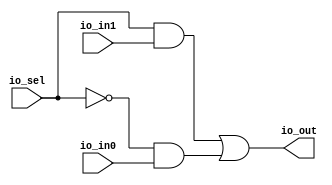
module Mux2(
  input   io_sel,
  input   io_in0,
  input   io_in1,
  output  io_out
);
  assign io_out = io_sel & io_in1 | ~io_sel & io_in0; // @[Mux2.scala 11:31]
endmodule
module Mux4(
  input  [1:0] io_sel,
  input        io_in0,
  input        io_in1,
  input        io_in2,
  input        io_in3,
  output       io_out
);
  wire  m0_io_sel; // @[Mux4.scala 12:18]
  wire  m0_io_in0; // @[Mux4.scala 12:18]
  wire  m0_io_in1; // @[Mux4.scala 12:18]
  wire  m0_io_out; // @[Mux4.scala 12:18]
  wire  m1_io_sel; // @[Mux4.scala 17:18]
  wire  m1_io_in0; // @[Mux4.scala 17:18]
  wire  m1_io_in1; // @[Mux4.scala 17:18]
  wire  m1_io_out; // @[Mux4.scala 17:18]
  wire  m3_io_sel; // @[Mux4.scala 22:18]
  wire  m3_io_in0; // @[Mux4.scala 22:18]
  wire  m3_io_in1; // @[Mux4.scala 22:18]
  wire  m3_io_out; // @[Mux4.scala 22:18]
  Mux2 m0 ( // @[Mux4.scala 12:18]
    .io_sel(m0_io_sel),
    .io_in0(m0_io_in0),
    .io_in1(m0_io_in1),
    .io_out(m0_io_out)
  );
  Mux2 m1 ( // @[Mux4.scala 17:18]
    .io_sel(m1_io_sel),
    .io_in0(m1_io_in0),
    .io_in1(m1_io_in1),
    .io_out(m1_io_out)
  );
  Mux2 m3 ( // @[Mux4.scala 22:18]
    .io_sel(m3_io_sel),
    .io_in0(m3_io_in0),
    .io_in1(m3_io_in1),
    .io_out(m3_io_out)
  );
  assign io_out = m3_io_out; // @[Mux4.scala 27:10]
  assign m0_io_sel = io_sel[0]; // @[Mux4.scala 15:22]
  assign m0_io_in0 = io_in0; // @[Mux4.scala 13:13]
  assign m0_io_in1 = io_in1; // @[Mux4.scala 14:13]
  assign m1_io_sel = io_sel[0]; // @[Mux4.scala 18:22]
  assign m1_io_in0 = io_in2; // @[Mux4.scala 19:13]
  assign m1_io_in1 = io_in3; // @[Mux4.scala 20:13]
  assign m3_io_sel = io_sel[1]; // @[Mux4.scala 23:22]
  assign m3_io_in0 = m0_io_out; // @[Mux4.scala 24:13]
  assign m3_io_in1 = m1_io_out; // @[Mux4.scala 25:13]
endmodule